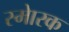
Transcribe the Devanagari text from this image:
स्माेरक